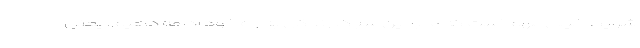
شرایط خیلی مهم است که ما با این سبک زندگی به راه خود ادامه دهیم، یعنی